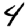
Digit: 4